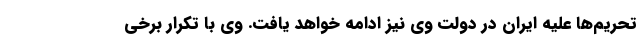
تحریم‌ها علیه ایران در دولت وی نیز ادامه خواهد یافت. وی با تکرار برخی